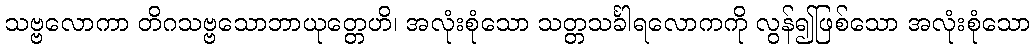
သဗ္ဗလောကာ တိဂသဗ္ဗသောဘာယုတ္တေဟိ၊ အလုံးစုံသော သတ္တသင်္ခါရလောကကို လွန်၍ဖြစ်သော အလုံးစုံသော